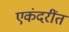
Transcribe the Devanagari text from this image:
एकंदरींत